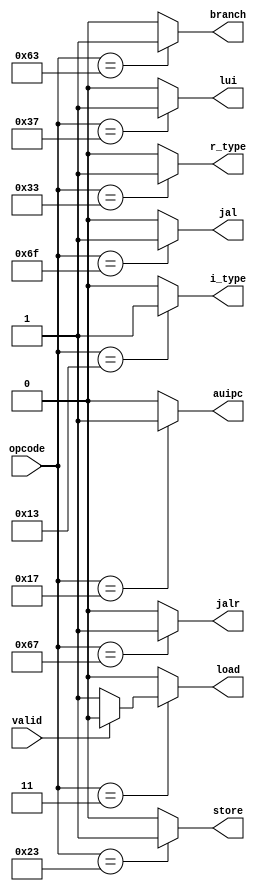
module type_decoder (opcode,r_type,i_type,load,store,branch,jal,jalr,lui,auipc,valid);

    input wire [6:0]opcode;
    input wire valid;
    
    output reg r_type;
    output reg i_type; 
    output reg load;
    output reg store;
    output reg branch; 
    output reg jal;
    output reg jalr;
    output reg lui;
    output reg auipc;

    always @(*)begin 
        r_type = 1'b0;
        i_type = 1'b0;
        store = 1'b0;
        load = 1'b0;
        branch = 1'b0;
        auipc = 1'b0; 
        jal = 1'b0; 
        jalr = 1'b0; 
        lui = 1'b0; 
        case(opcode)
            7'b0110011:begin 
                r_type = 1'b1;
            end 
            7'b0010011:begin 
                i_type = 1'b1;
            end
            7'b0100011:begin 
                store = 1'b1;
            end
            7'b0000011:begin
                if (valid) begin 
                    load = 1'b0;
                end
                else begin
                    load = 1'b1;
                end
            end
            7'b1100011:begin 
                branch = 1'b1;
            end
            7'b0010111:begin 
                auipc = 1'b1;
            end
            7'b1101111:begin 
                jal = 1'b1;
            end
            7'b1100111:begin 
                jalr = 1'b1;
            end
            7'b0110111:begin 
                lui = 1'b1;
            end

            default:begin 
                r_type = 1'b0;
                i_type = 1'b0;
                store= 1'b0;
                load = 1'b0;
                branch = 1'b0;
                auipc = 1'b0;
                jal = 1'b0; 
                jalr = 1'b0; 
                lui = 1'b0; 
            end
        endcase
    end  
endmodule